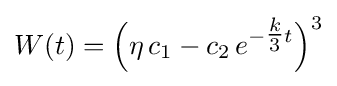
W(t)={\Big (}\eta \,c_{1}-c_{2}\,e^{-{\tfrac {k}{3}}t}{\Big )}^{3}